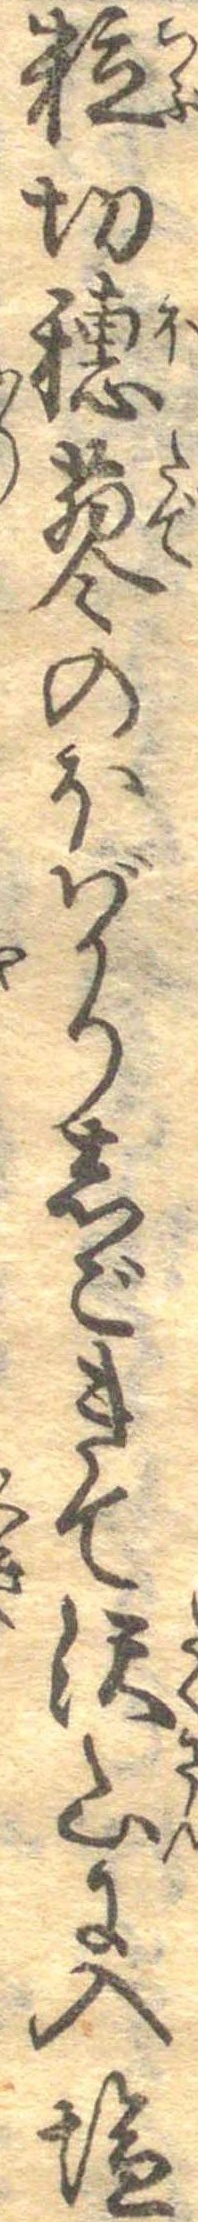
粒切穂蓼のほばかりしごきて沢山に入塩